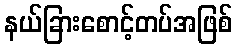
နယ်ခြားစောင့်တပ်အဖြစ်